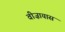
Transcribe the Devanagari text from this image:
वीज़ायास